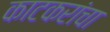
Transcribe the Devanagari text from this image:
काटकरांचा